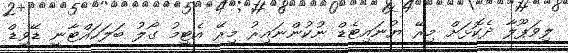
ލިވަޕޫލާ ދެކޮޅަށް މިރޭ ޔުނައިޓެޑް ނުކުންނައިރު މިރޭ އެޓީމު ގޯލު ބަލަހައްޓާނީ ޑޭވިޑް